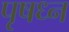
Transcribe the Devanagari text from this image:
पृषध्न